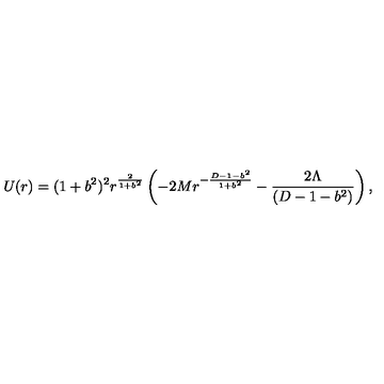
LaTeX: U ( r ) = ( 1 + b ^ { 2 } ) ^ { 2 } r ^ { \frac { 2 } { 1 + b ^ { 2 } } } \left( - 2 M r ^ { - { \frac { D - 1 - b ^ { 2 } } { 1 + b ^ { 2 } } } } - { \frac { 2 \Lambda } { ( D - 1 - b ^ { 2 } ) } } \right) ,